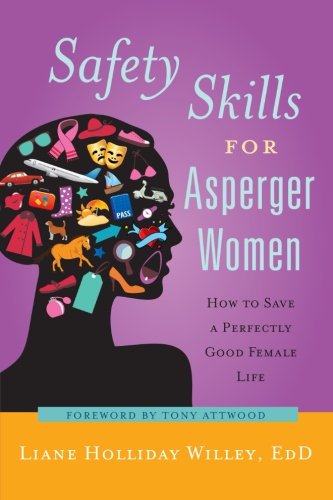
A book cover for Safety Skills for Asperger Women: How to Save a Perfectly Good Female Life; Liane Holliday Willey; Health, Fitness & Dieting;